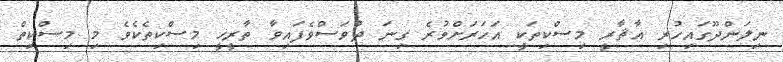
ނިލަންދޫގައިހުރި އާޘާރީ މިސްކިތަކީ އަހަރަށްވުރެ ގިނަ ދުވަސްވެފައިވާ ތާރީޚީ މިސްކިތެކެވެ މި މިސްކިތް